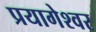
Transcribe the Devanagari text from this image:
प्रयागेश्वर